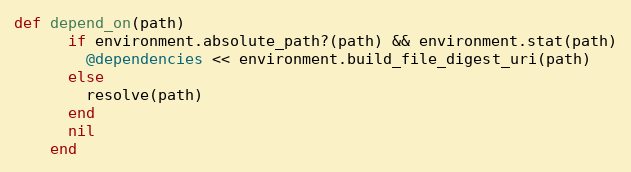
Language: Ruby
def depend_on(path)
      if environment.absolute_path?(path) && environment.stat(path)
        @dependencies << environment.build_file_digest_uri(path)
      else
        resolve(path)
      end
      nil
    end